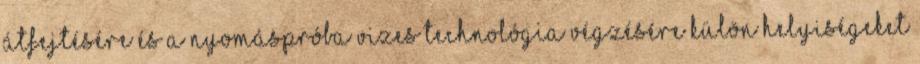
átfejtésére és a nyomáspróba vizes technológia végzésére külön helyiségeket